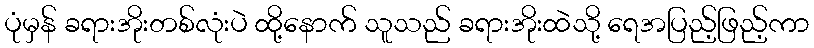
ပုံမှန် ခရားအိုးတစ်လုံးပဲ ထို့နောက် သူသည် ခရားအိုးထဲသို့ ရေအပြည့်ဖြည့်ကာ